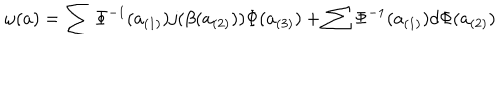
LaTeX: \omega ( a ) = \sum \Phi ^ { - 1 } ( a _ { ( 1 ) } ) j ( \beta ( a _ { ( 2 ) } ) ) \Phi ( a _ { ( 3 ) } ) + \sum \Phi ^ { - 1 } ( a _ { ( 1 ) } ) d \Phi ( a _ { ( 2 ) } )